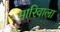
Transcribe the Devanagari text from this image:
मारिवाला